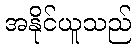
အနိုင်ယူသည်